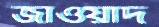
জাওয়াদ